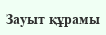
Зауыт құрамы